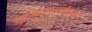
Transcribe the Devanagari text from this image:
स्वातंत्र्यप्राप्तीनंतरही